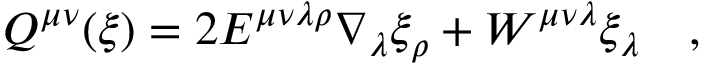
Q ^ { \mu \nu } ( \xi ) = 2 E ^ { \mu \nu \lambda \rho } \nabla _ { \lambda } \xi _ { \rho } + W ^ { \mu \nu \lambda } \xi _ { \lambda } ~ ~ ~ ,